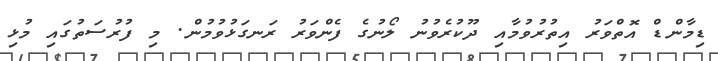
ޑިމާންޑް އޮތްވަރު އިތުރުވުމާއި ދޫކުރެވުނު ލޯނުގެ ފެންވަރު ރަނގަޅުވުމުން. މި ފުރުސަތުގައި މުޅި